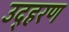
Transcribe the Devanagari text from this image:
उद्हरण